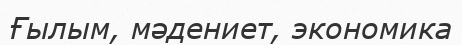
Ғылым, мәдениет, экономика